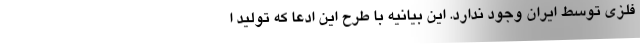
فلزی توسط ایران وجود ندارد. این بیانیه با طرح این ادعا که تولید ا